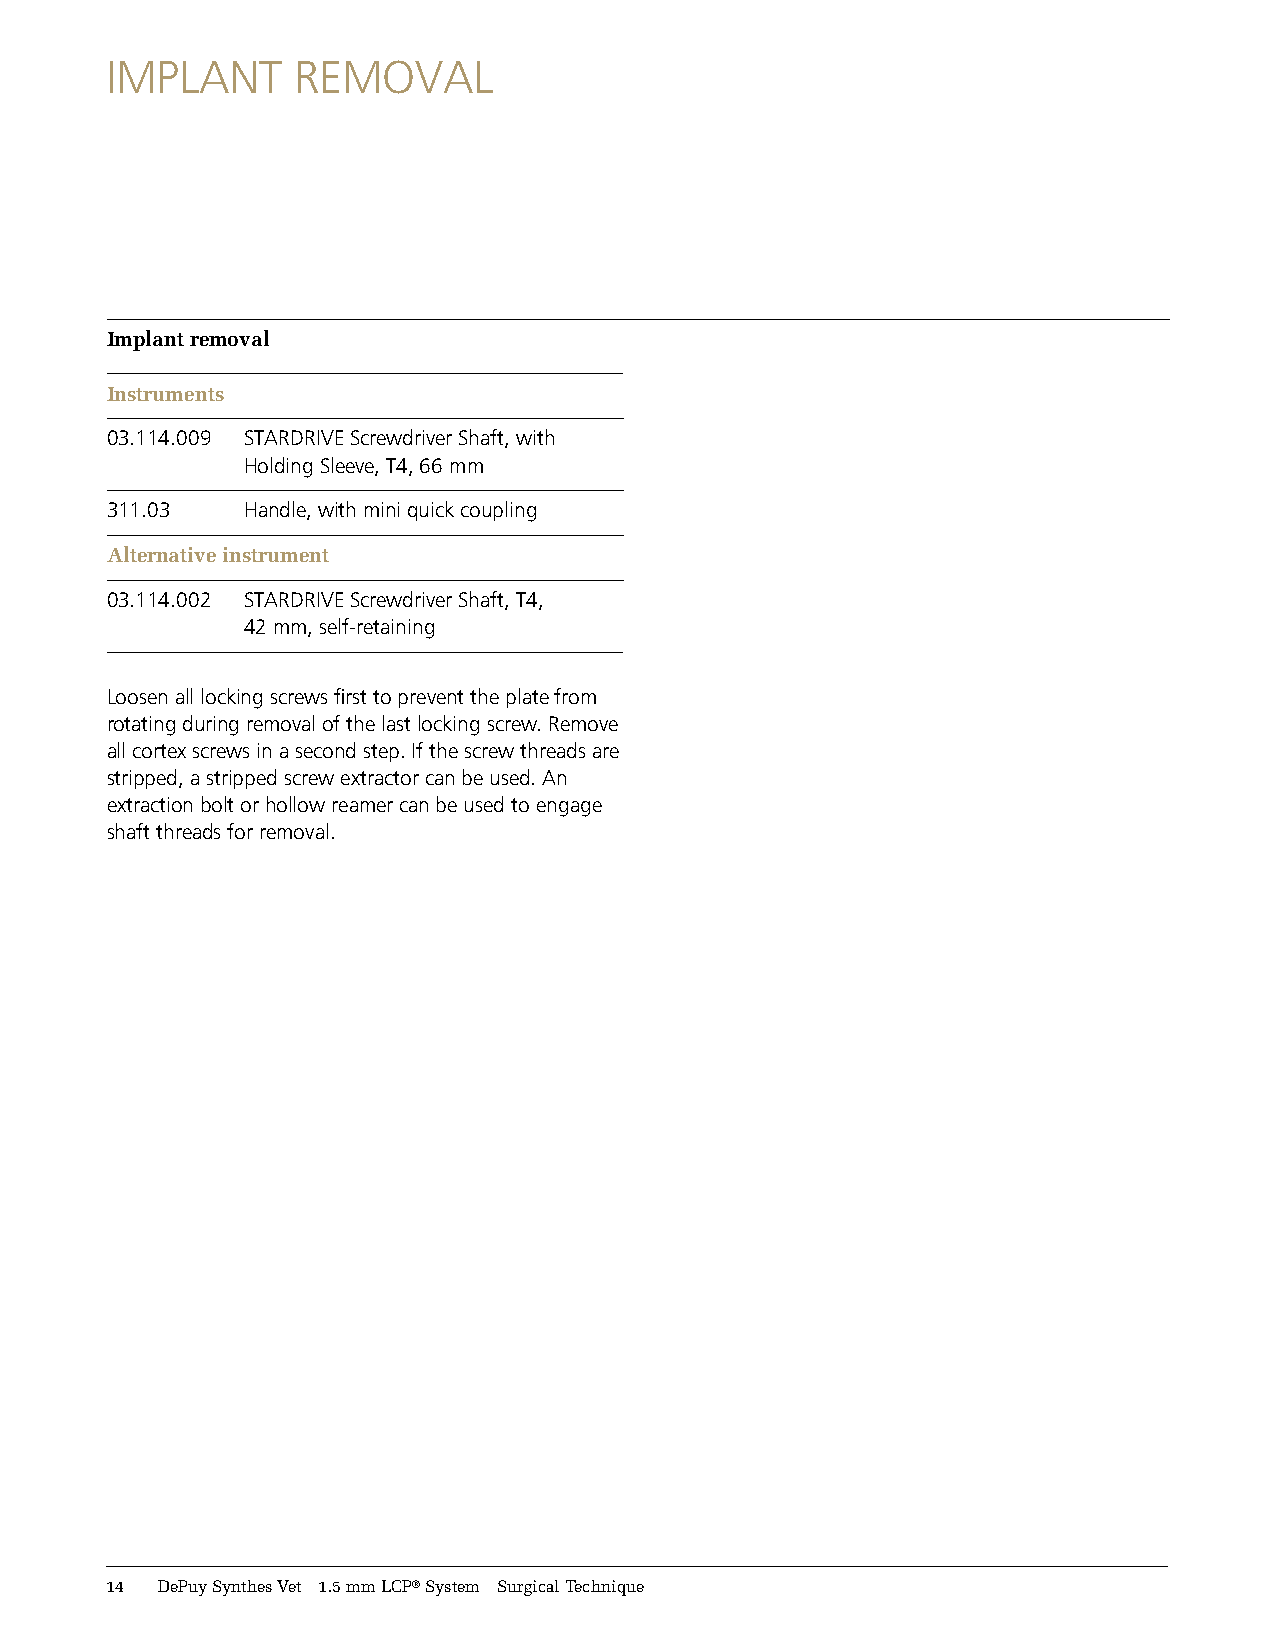
IMPLANT     REMOVAL
 Implant removal
 Instruments
 03.114.009 STARDRIVE Screwdriver Shaft, with
 Holding Sleeve, T4, 66 mm
 311.03   Handle, with mini quick coupling
 Alternative instrument
 03.114.002 STARDRIVE Screwdriver Shaft, T4,
 42 mm, self-retaining
 Loosen all locking screws first to prevent the plate from
 rotating during removal of the last locking screw. Remove
 all cortex screws in a second step. If the screw threads are
 stripped, a stripped screw extractor can be used. An
 extraction bolt or hollow reamer can be used to engage
 shaft threads for removal.
 14 DePuy Synthes Vet 1.5 mm LCP® System Surgical Technique